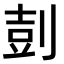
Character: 𪟌